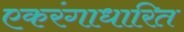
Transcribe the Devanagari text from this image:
एकरंगाधारित